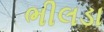
ભીલડા